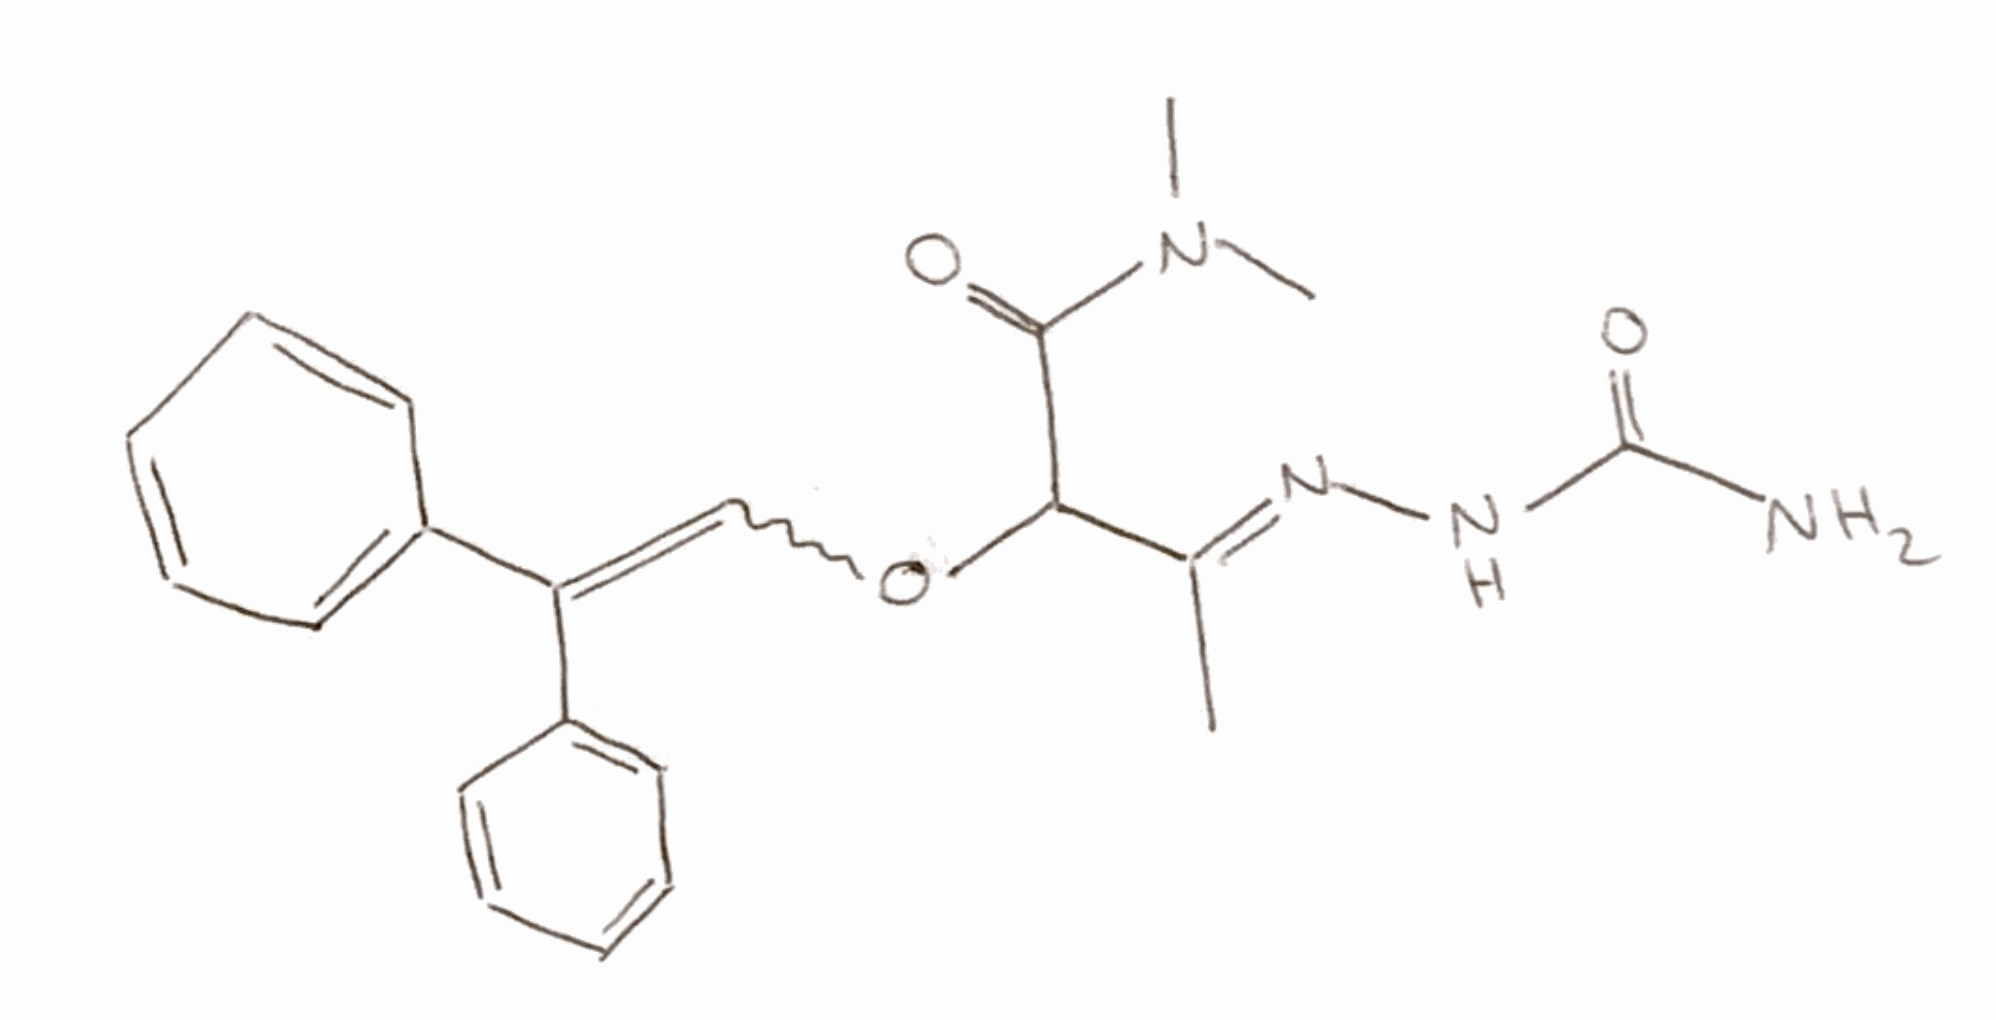
Simplified molecular-input line-entry system (SMILES) notation of the given molecule:
C/C(=N\NC(=O)N)/C(C(=O)N(C)C)OC=C(C1=CC=CC=C1)C2=CC=CC=C2